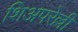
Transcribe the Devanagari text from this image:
शिअपरेल्ली